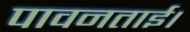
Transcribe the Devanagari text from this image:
पावनताई।